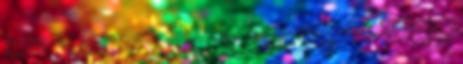
András, a Ferencváros labdarúgója és Gyurom Natália, az R-GO